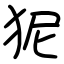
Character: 狔